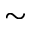
\sim